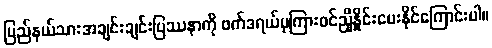
ပြည်နယ်သားအချင်းချင်းပြဿနာကို ဖက်ဒရယ်မှကြားဝင်ညှိနှိုင်းပေးနိုင်ကြောင်းပါ။